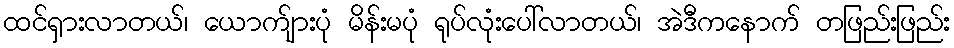
ထင်ရှားလာတယ်၊ ယောက်ျားပုံ မိန်းမပုံ ရုပ်လုံးပေါ်လာတယ်၊ အဲဒီကနောက် တဖြည်းဖြည်း